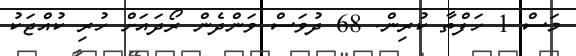
މަސް 1 ހަފްތާ ކުރިން. 68 ދުވަސް ވަންދެން ރޯދައަށް ހުރި ކުއްޖަކު